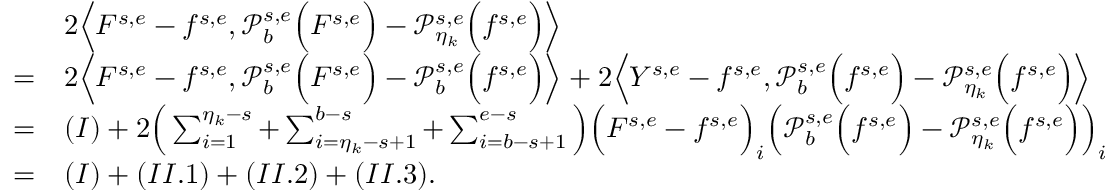
\begin{array} { r l } & { 2 \Big \langle F ^ { s , e } - f ^ { s , e } , \mathcal { P } _ { b } ^ { s , e } \Big ( F ^ { s , e } \Big ) - \mathcal { P } _ { \eta _ { k } } ^ { s , e } \Big ( f ^ { s , e } \Big ) \Big \rangle } \\ { = } & { 2 \Big \langle F ^ { s , e } - f ^ { s , e } , \mathcal { P } _ { b } ^ { s , e } \Big ( F ^ { s , e } \Big ) - \mathcal { P } _ { b } ^ { s , e } \Big ( f ^ { s , e } \Big ) \Big \rangle + 2 \Big \langle Y ^ { s , e } - f ^ { s , e } , \mathcal { P } _ { b } ^ { s , e } \Big ( f ^ { s , e } \Big ) - \mathcal { P } _ { \eta _ { k } } ^ { s , e } \Big ( f ^ { s , e } \Big ) \Big \rangle } \\ { = } & { ( I ) + 2 \Big ( \sum _ { i = 1 } ^ { \eta _ { k } - s } + \sum _ { i = \eta _ { k } - s + 1 } ^ { b - s } + \sum _ { i = b - s + 1 } ^ { e - s } \Big ) \Big ( F ^ { s , e } - f ^ { s , e } \Big ) _ { i } \Big ( \mathcal { P } _ { b } ^ { s , e } \Big ( f ^ { s , e } \Big ) - \mathcal { P } _ { \eta _ { k } } ^ { s , e } \Big ( f ^ { s , e } \Big ) \Big ) _ { i } } \\ { = } & { ( I ) + ( I I . 1 ) + ( I I . 2 ) + ( I I . 3 ) . } \end{array}